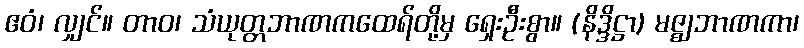
ဧဝံ၊ လျှင်။ တာဝ၊ သံယုတ္တဘာဏကထေရ်တို့မှ ရှေးဦးစွာ။ (နိဒ္ဒိဋ္ဌာ) မဇ္ဈဘာဏကာ၊